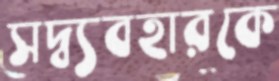
সদ্ব্যবহারকে